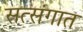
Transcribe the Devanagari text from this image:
सत्संगात